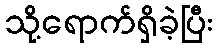
သို့ရောက်ရှိခဲ့ပြီး